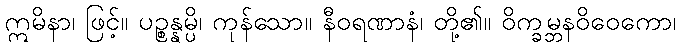
ဣမိနာ၊ ဖြင့်။ ပဉ္စန္နမ္ပိ၊ ကုန်သော။ နီဝရဏာနံ၊ တို့၏။ ဝိက္ခမ္ဘနဝိဝေကော၊